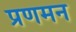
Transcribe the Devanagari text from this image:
प्रणमन